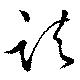
諸